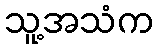
သူ့အသံက